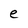
Character: e